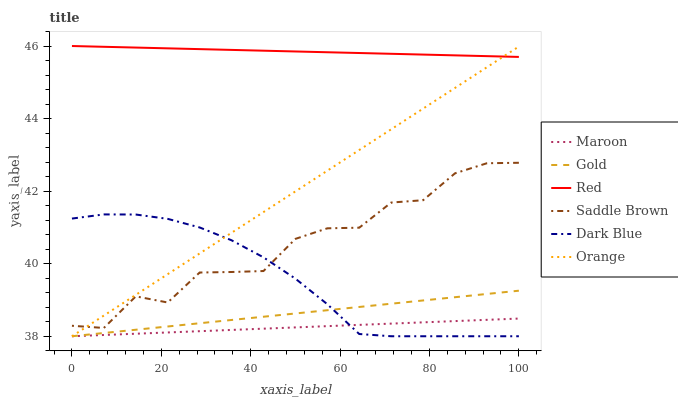
| xaxis_label | Maroon | Gold | Red | Saddle Brown | Dark Blue | Orange |
 | --- | --- | --- | --- | --- | --- | --- |
 | 0 | 38 | 38 | 46 | 38.3 | 41.2 | 38 |
 | 7.14 | 38 | 38.1 | 46 | 38.2 | 41.4 | 38.6 |
 | 14.3 | 38.1 | 38.2 | 46 | 39.1 | 41.4 | 39.1 |
 | 21.4 | 38.1 | 38.3 | 45.9 | 38.9 | 41.2 | 39.7 |
 | 28.6 | 38.1 | 38.4 | 45.9 | 39.8 | 41 | 40.3 |
 | 35.7 | 38.2 | 38.4 | 45.9 | 39.8 | 40.6 | 40.9 |
 | 42.9 | 38.2 | 38.5 | 45.9 | 39.8 | 40.2 | 41.4 |
 | 50 | 38.2 | 38.6 | 45.8 | 40.7 | 39.6 | 42 |
 | 57.1 | 38.3 | 38.7 | 45.8 | 41 | 38.9 | 42.6 |
 | 64.3 | 38.3 | 38.8 | 45.8 | 41 | 38.1 | 43.1 |
 | 71.4 | 38.3 | 38.9 | 45.8 | 41.7 | 38 | 43.7 |
 | 78.6 | 38.4 | 39 | 45.8 | 41.7 | 38 | 44.3 |
 | 85.7 | 38.4 | 39.1 | 45.7 | 42.5 | 38 | 44.8 |
 | 92.9 | 38.5 | 39.2 | 45.7 | 42.8 | 38 | 45.4 |
 | 100 | 38.5 | 39.3 | 45.7 | 42.8 | 38 | 46 |